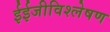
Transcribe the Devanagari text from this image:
ईईजीविश्लेषण